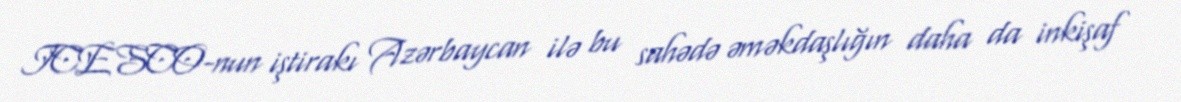
ICESCO-nun iştirakı Azərbaycan ilə bu sahədə əməkdaşlığın daha da inkişaf